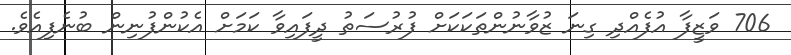
706 ވަޒީފާ އުފެއްދި ގިނަ ޒުވާނުންތަކަކަށް ފުރުސަތު ދީފައިވާ ކަމަށް އެކުންފުނިން ބުނެފިއެވެ.